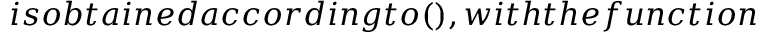
i s o b t a i n e d a c c o r d i n g t o ( ) , w i t h t h e f u n c t i o n